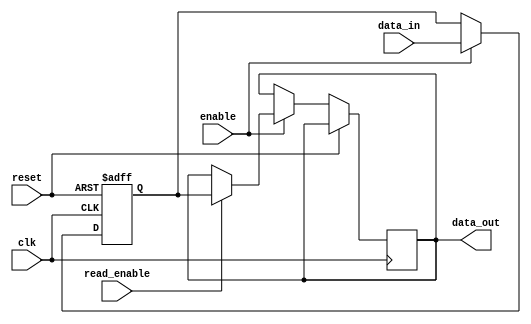
module DualPortBypassRegister (
    input wire clk,
    input wire reset,
    input wire enable,
    input wire [DATA_WIDTH-1:0] data_in,
    input wire read_enable,
    output wire [DATA_WIDTH-1:0] data_out
);

parameter DATA_WIDTH = 8;

reg [DATA_WIDTH-1:0] reg_data;

always @(posedge clk or posedge reset) begin
    if (reset) begin
        reg_data <= 0;
    end else begin
        if (enable) begin
            if (read_enable) begin
                data_out <= reg_data;
            end
            reg_data <= data_in;
        end
    end
end

endmodule